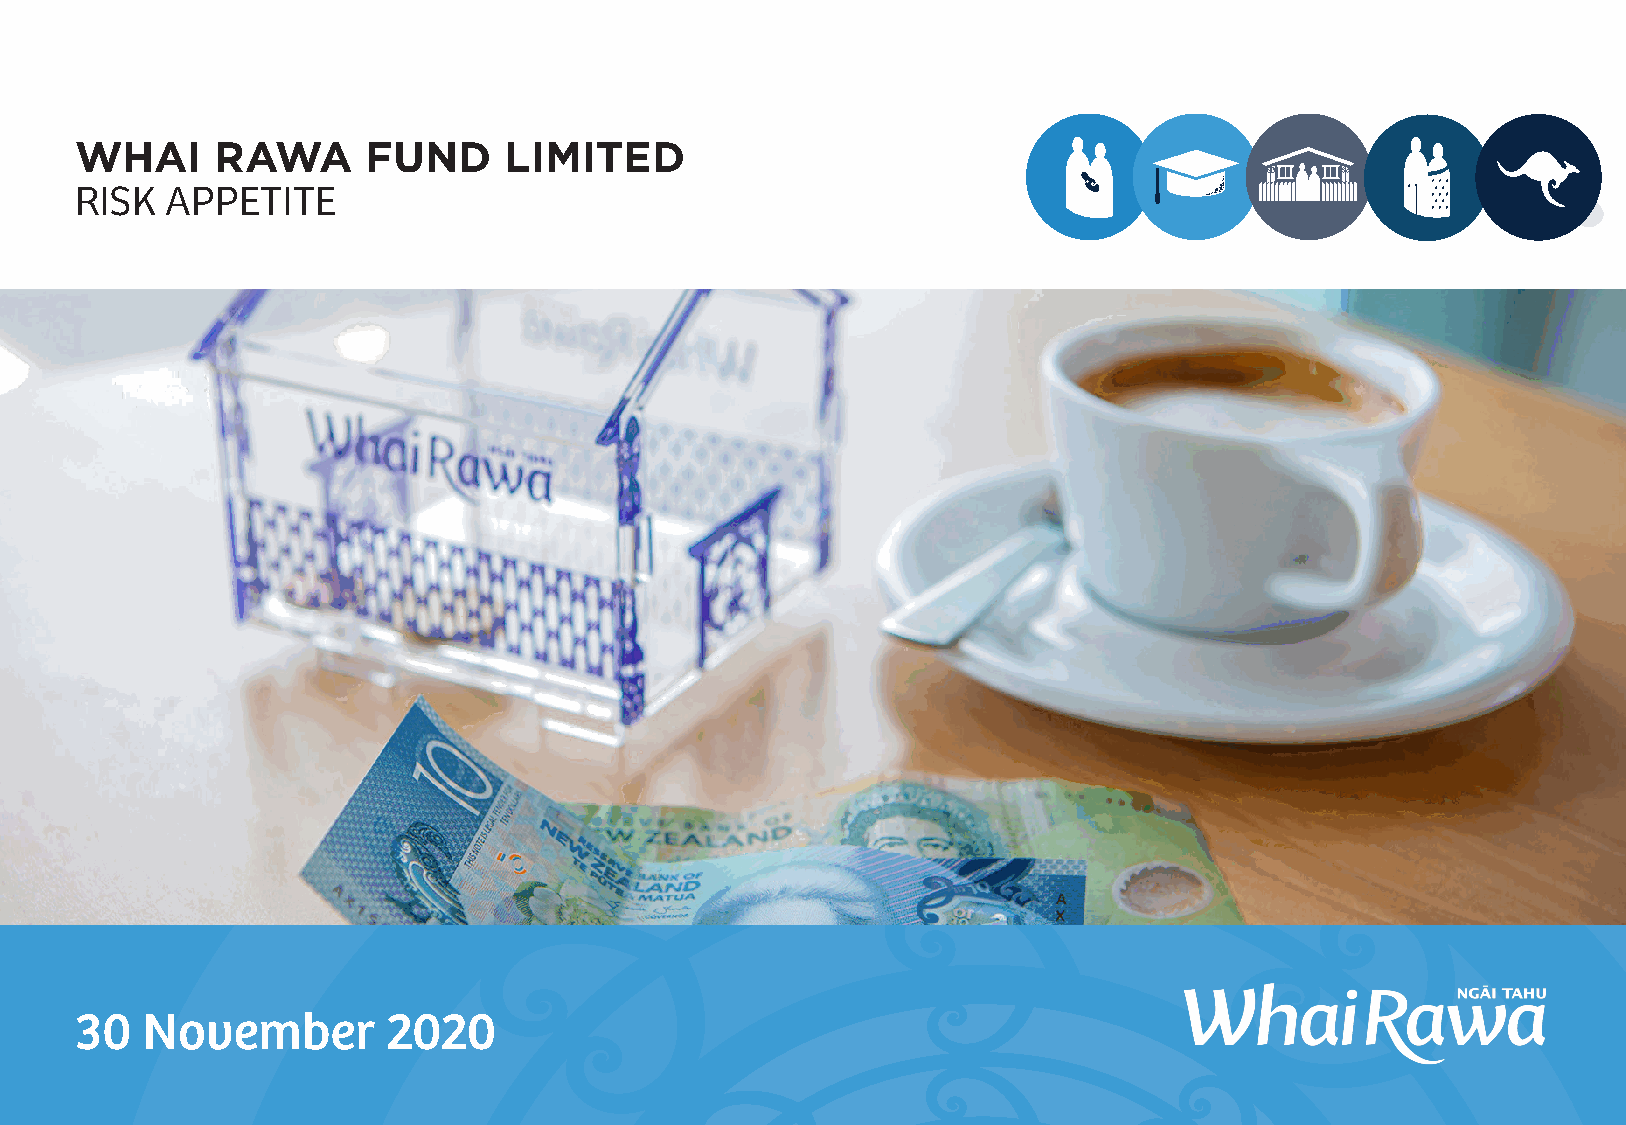
WHAI     RAWA      FUND     LIMITED
 RISK  APPETITE
 30  November         2020